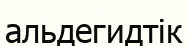
альдегидтік